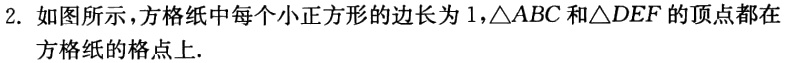
2. 如图所示，方格纸中每个小正方形的边长为 \(1\)，\(\triangle ABC\) 和 \(\triangle DEF\) 的顶点都在方格纸的格点上.